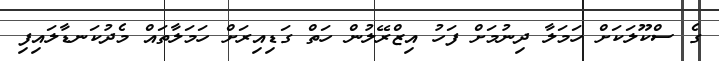
ގެ ސްކޫލަކަށް ހަމަލާ ދިނުމަށް ފަހު އިޒްރޭލުން ހަތް ގަޑިއިރަށް ހަމަލާތައް މެދުކަނޑާލައިފި